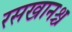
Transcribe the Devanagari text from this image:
रसखानश्च